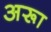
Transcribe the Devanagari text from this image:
अरूा